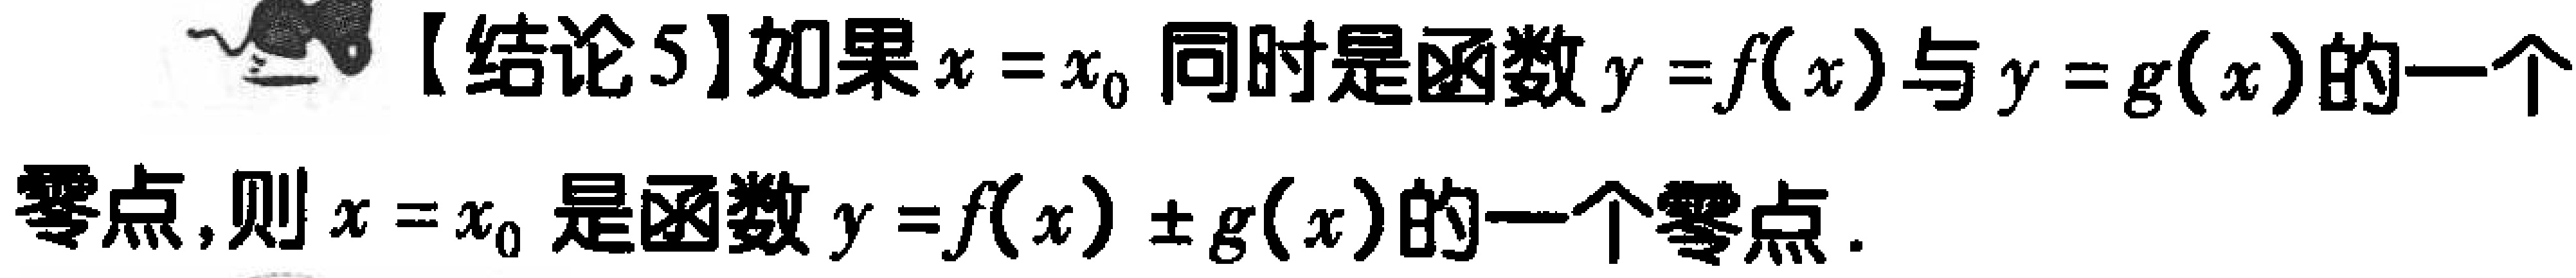
【结论5】如果\(x = x_{0}\)同时是函数\(y = f(x)\)与\(y = g(x)\)的一个零点,则\(x = x_{0}\)是函数\(y = f(x)\pm g(x)\)的一个零点.